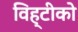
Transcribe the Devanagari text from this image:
विह्टीको